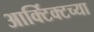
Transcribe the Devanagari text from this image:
आर्क्टिक्टच्या